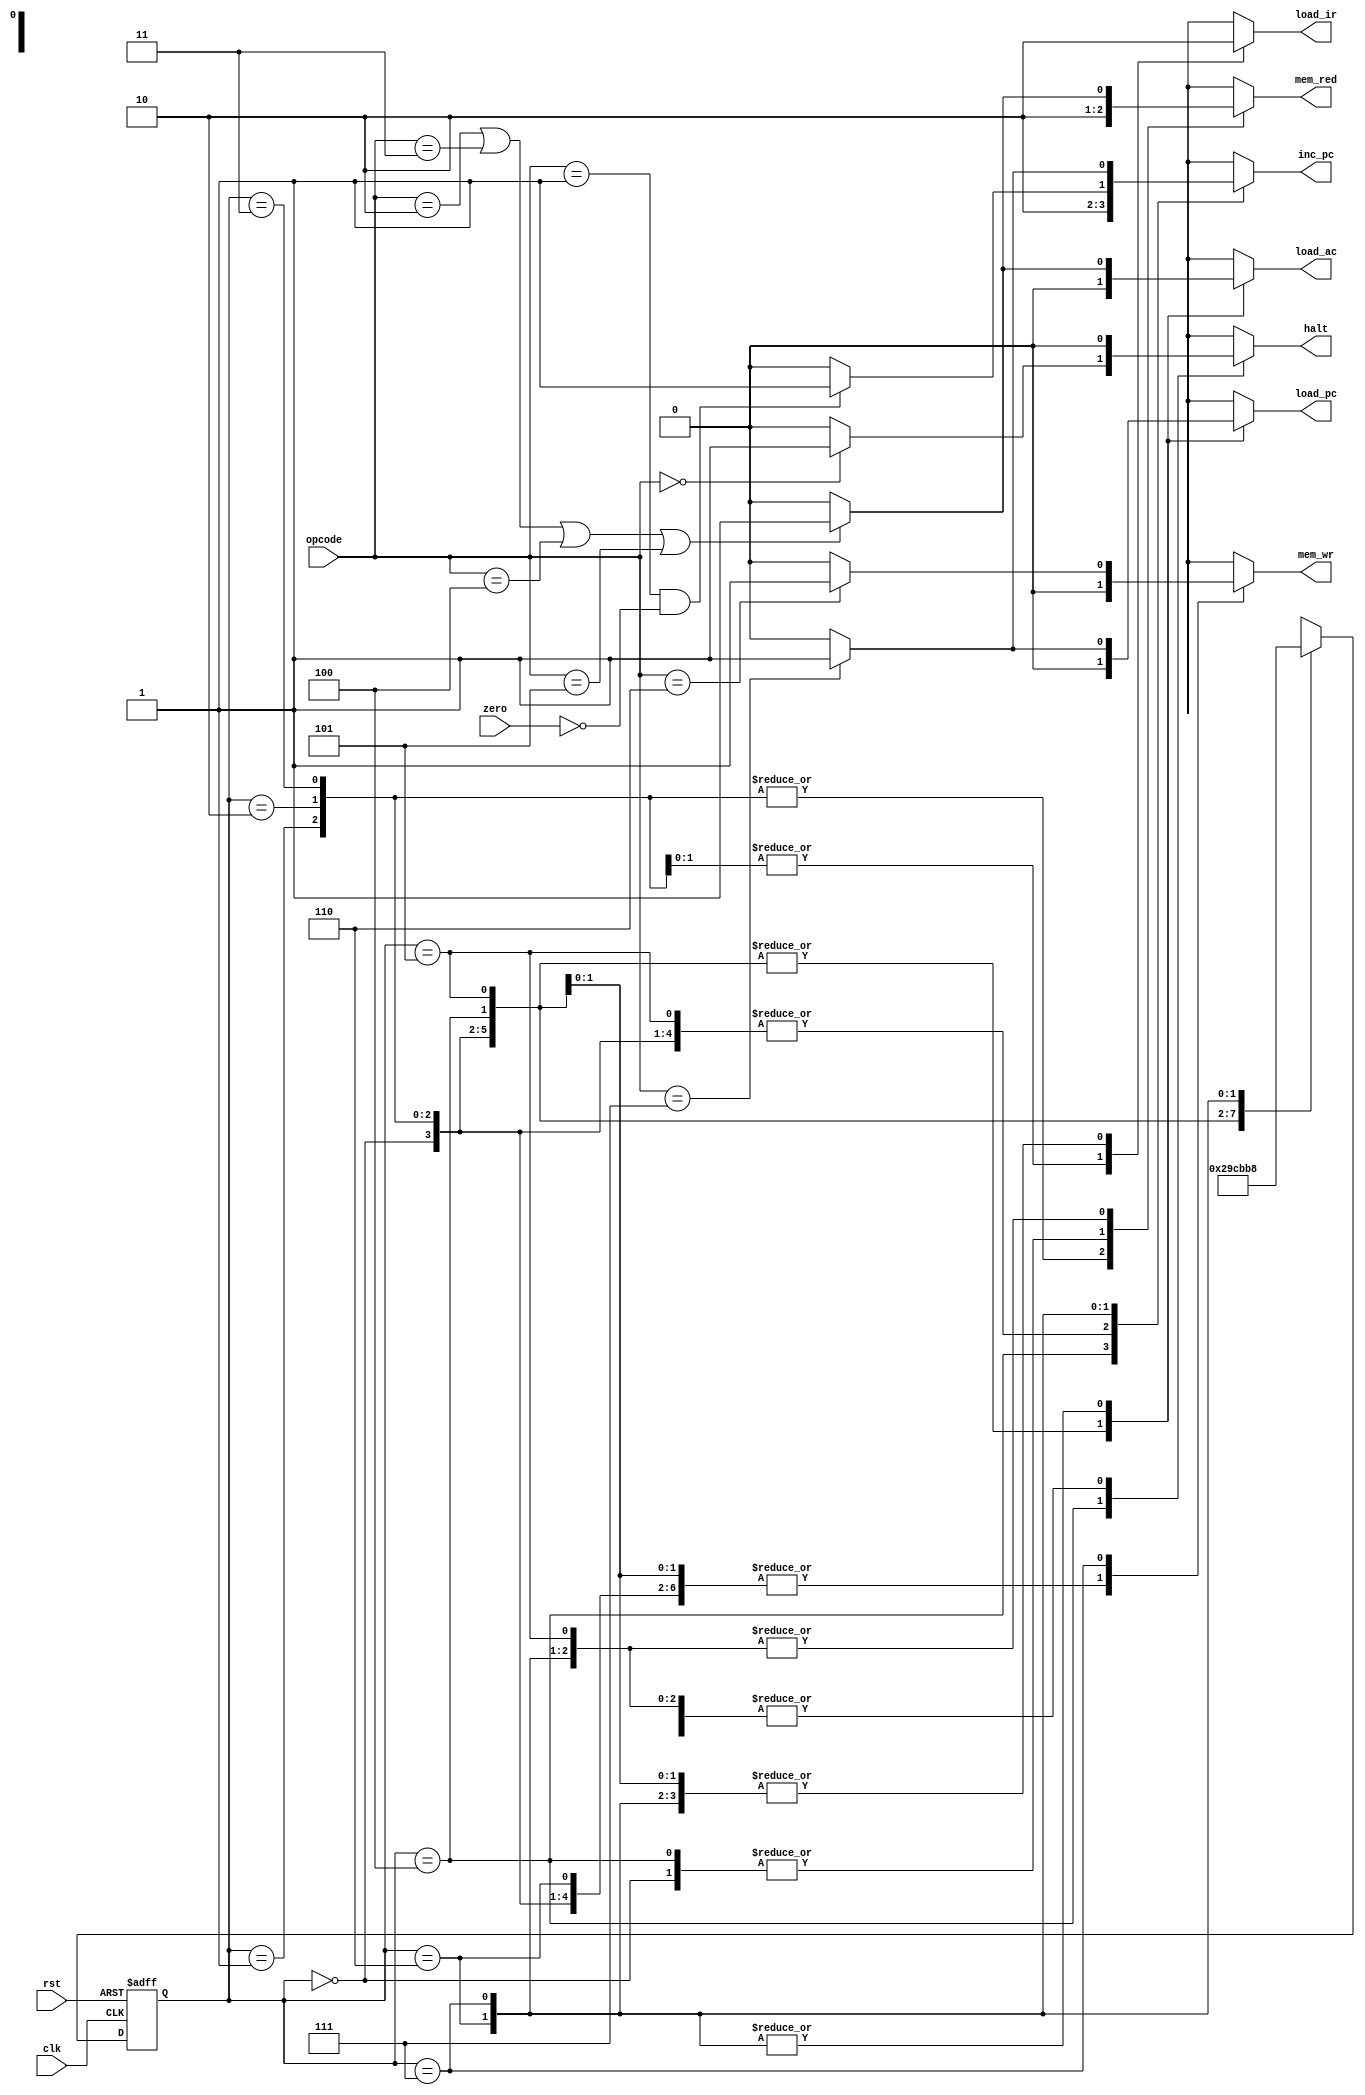
module sm_controller(opcode,zero,clk,rst,mem_red,load_ir,halt,inc_pc,load_ac,load_pc,mem_wr);

localparam INST_ADDR = 3'b000;
localparam INST_FETCH = 3'b001;
localparam INST_LOAD = 3'b010;
localparam IDLE = 3'b011;
localparam OP_ADDR = 3'b100;
localparam OP_FETCH = 3'b101;
localparam ALU_OP = 3'b110;
localparam STORE = 3'b111;
input wire clk;
input wire rst;
input wire [2:0]opcode;
input wire zero;
output reg mem_red;
output reg load_ir;
output reg halt;
output reg inc_pc;
output reg load_ac;
output reg load_pc;
output reg mem_wr;
reg [2:0]state_reg;
reg [2:0]n_state;

always @(posedge clk or negedge rst) begin
    if(!rst)begin
        state_reg<=INST_ADDR;
    end
    else begin
        state_reg<=n_state;
    end
end
always @(*)begin

    case(state_reg)
        INST_ADDR:begin
            mem_red=0;load_ir=0;halt=0;inc_pc=0;load_ac=0;load_pc=0;mem_wr=0;
            n_state=INST_FETCH;
        end
        INST_FETCH:begin
            mem_red=1;load_ir=0;halt=0;inc_pc=0;load_ac=0;load_pc=0;mem_wr=0;
            n_state=INST_LOAD;
        end
        INST_LOAD:begin
            mem_red=1;load_ir=1;halt=0;inc_pc=0;load_ac=0;load_pc=0;mem_wr=0;
            n_state=IDLE;
        end
        IDLE:begin
            mem_red=1;load_ir=1;halt=0;inc_pc=0;load_ac=0;load_pc=0;mem_wr=0;
            n_state=OP_ADDR;
        end
        OP_ADDR:begin
            mem_red=0;load_ir=0;inc_pc=1;load_ac=0;load_pc=0;mem_wr=0;
            halt=opcode;
            if(opcode==3'b000)
                halt=1;
                else 
                halt=0;
            n_state=OP_FETCH;
        end
        OP_FETCH:begin
            load_ir=0;halt=0;inc_pc=0;load_ac=0;load_pc=0;mem_wr=0;
            mem_red=opcode;
            if(opcode==3'b010||opcode==3'b011||opcode==3'b100||opcode==3'b101)
            mem_red=1;
            else
            mem_red=0;
            n_state=ALU_OP;
        end
        ALU_OP:begin
            load_ir=0;halt=0;mem_wr=0;
            mem_red=opcode;
            if(opcode==3'b010||opcode==3'b011||opcode==3'b100||opcode==3'b101)
            mem_red=1;
            else
            mem_red=0;
            inc_pc=opcode;
            if(opcode==3'b001 && zero==0)
            inc_pc=1;
            else 
            inc_pc=0;
            load_ac=opcode;
            if(opcode==3'b010||opcode==3'b011||opcode==3'b100||opcode==3'b101)
            load_ac=1;
            else
            load_ac=0;
            load_pc=opcode;
            if(opcode==3'b111)
            load_pc=1;
            else
            load_pc=0;
            n_state=STORE;
        end
        STORE:begin
            mem_red=opcode;
            if(opcode==3'b010||opcode==3'b011||opcode==3'b100||opcode==3'b101)
            mem_red=1;
            else
            mem_red=0;
            load_ir=0;halt=0;
            inc_pc=opcode;
            if(opcode==3'b111)
            inc_pc=1;
            else
            inc_pc=0;
            load_ac=opcode;
            if(opcode==3'b010||opcode==3'b011||opcode==3'b100||opcode==3'b101)
            load_ac=1;
            else
            load_ac=0;
            load_pc=opcode;
            if(opcode==3'b111)
            load_pc=1;
            else
            load_pc=0;
            mem_wr=opcode;
            if(opcode==3'b110)
            mem_wr=1;
            else 
            mem_wr=0;
            n_state=INST_ADDR;
        end
        default: begin
            n_state=INST_ADDR;
        end
    endcase
end






endmodule